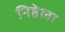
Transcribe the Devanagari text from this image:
निष्ठेला